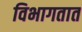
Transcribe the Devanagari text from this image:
विभागतात